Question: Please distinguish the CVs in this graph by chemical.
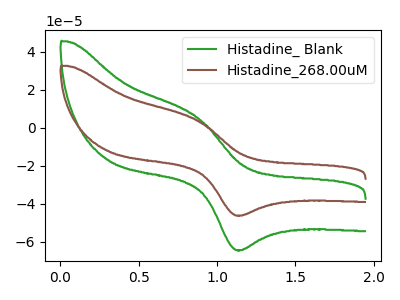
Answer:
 <answer>The green curve is labeled "Histadine_ Blank". The brown curve is labeled "Histadine_268.00uM".</answer>
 <eval></eval>